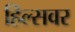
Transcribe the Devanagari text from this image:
हिल्सवर